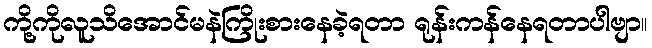
ကို့ကိုလူသိအောင်မနဲကြိုးစားနေခဲ့ရတာ ရုန်းကန်နေရတာပါဗျာ။